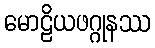
မောဠိယဖဂ္ဂုနဿ